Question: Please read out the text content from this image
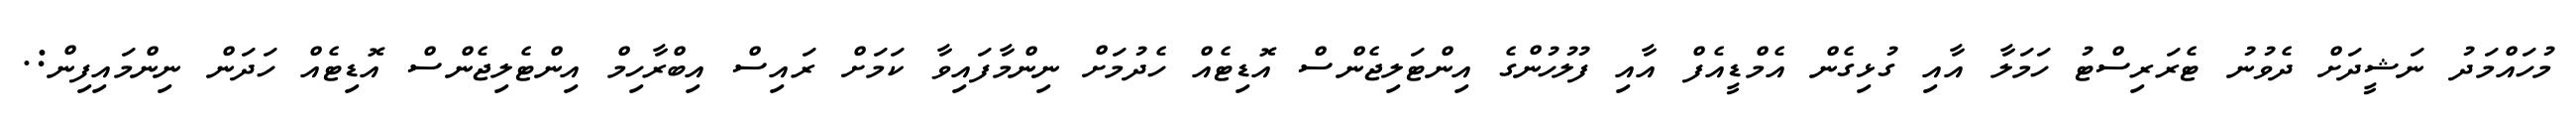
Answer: މުހައްމަދު ނަޝީދަށް ދެވުނު ޓެރަރިސްޓު ހަމަލާ އާއި ގުޅިގެން އެމްޑީއެފް އާއި ފުލުހުންގެ އިންޓަލިޖެންސް އޮޑިޓެއް ހެދުމަށް ނިންމާފައިވާ ކަމަށް ރައިސް އިބްރާހިމް އިންޓެލިޖެންސް އޮޑިޓެއް ހަދަން ނިންމައިފިން:.